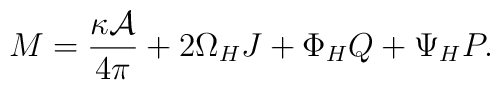
M = {\kappa{\cal A}\over 4\pi} + 2\Omega_HJ + \Phi_HQ + \Psi_HP.